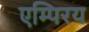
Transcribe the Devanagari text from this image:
एम्पिरय